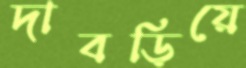
দাবড়িয়ে